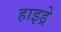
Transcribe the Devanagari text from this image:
हाइड्रे